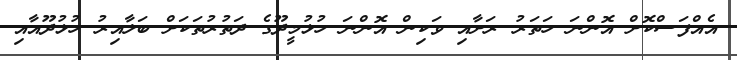
އެއްފަސްކޮށް އޮންނަ ހަތަރު ރަށާއި ވަކިން އޮންނަ ހުޅުމީދޫގެ ދަތުރުތަކަށް ބަލާއިރު ހުޅުދޫއާއި